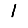
Digit: 1